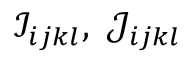
\mathscr { I } _ { i j k l } , ~ \mathscr { J } _ { i j k l }